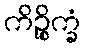
ကိဉ္စိက္ခံ